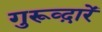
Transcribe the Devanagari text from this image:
गुरूव्‍द़ारें